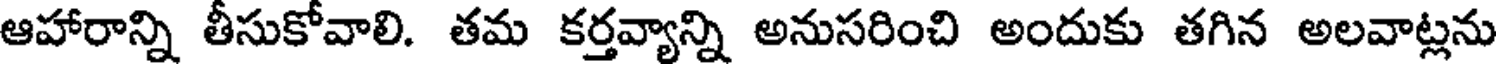
ఆహారాన్ని తీసుకోవాలి. తమ కర్తవ్యాన్ని అనుసరించి అందుకు తగిన అలవాట్లను